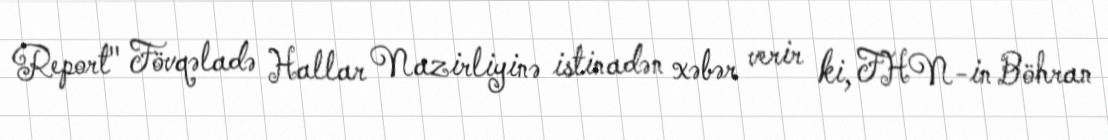
Report" Fövqəladə Hallar Nazirliyinə istinadən xəbər verir ki, FHN-in Böhran